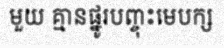
មួយ គ្មានផ្នូរបញ្ចុះមេបក្ស